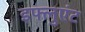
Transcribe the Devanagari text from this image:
इफ्लुएंट